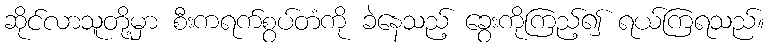
ဆိုင်လာသူတို့မှာ စီးကရက်စွပ်တံကို ခဲနေသည့် ခွေးကိုကြည့်၍ ရယ်ကြရသည်။